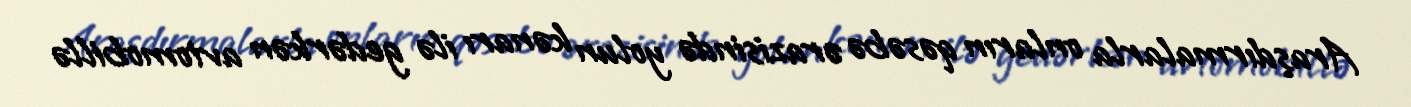
Araşdırmalarla onların qəsəbə ərazisində yolun kənarı ilə gedərkən avtomobillə